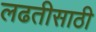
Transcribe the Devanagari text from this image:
लढतीसाठी